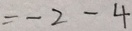
= - 2 - 4